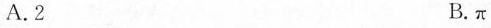
A.2 B.π